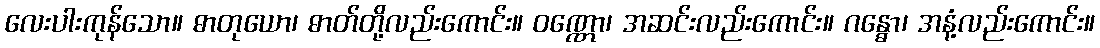
လေးပါးကုန်သော။ ဓာတုယော၊ ဓာတ်တို့လည်းကောင်း။ ဝဏ္ဏော၊ အဆင်းလည်းကောင်း။ ဂန္ဓော၊ အနံ့လည်းကောင်း။